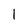
Character: 1